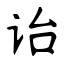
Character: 诒